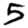
Digit: 5